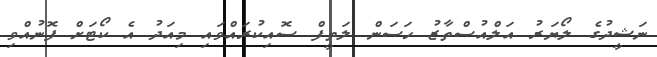
ނަޝީދުގެ ލޯޔަރު އަލްއުސްތާޒު ހަަސަން ލަތީފް ސޮއިކުރައްވައި މިއަދު އެ ކޯޓަށް ފޮނުއްވި